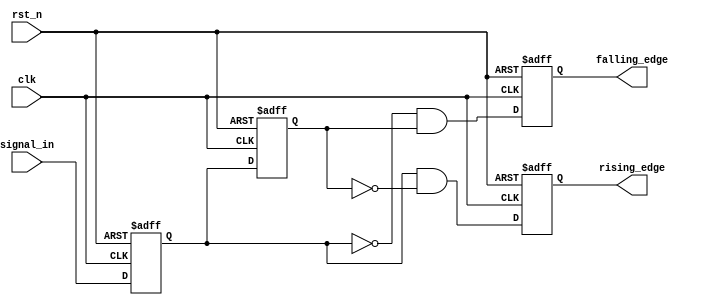
module glitch_free_edge_detector (
    input wire clk,            // Clock signal
    input wire rst_n,         // Asynchronous reset (active low)
    input wire signal_in,     // Input signal to detect edges
    output reg rising_edge,    // Output signal for rising edge detection
    output reg falling_edge    // Output signal for falling edge detection
);

    // Memory blocks to hold previous and current states
    reg signal_prev;           // Previous state of the input signal
    reg signal_curr;           // Current state of the input signal

    // Sequential logic to sample the input signal
    always @(posedge clk or negedge rst_n) begin
        if (!rst_n) begin
            signal_prev <= 1'b0; // Initialize previous state to 0
            signal_curr <= 1'b0; // Initialize current state to 0
            rising_edge <= 1'b0;  // Initialize rising edge output
            falling_edge <= 1'b0; // Initialize falling edge output
        end else begin
            // Store the current state into the previous state
            signal_prev <= signal_curr;
            signal_curr <= signal_in;

            // Edge detection logic
            rising_edge <= (signal_curr && !signal_prev);  // Rising edge detected
            falling_edge <= (!signal_curr && signal_prev); // Falling edge detected
        end
    end

endmodule